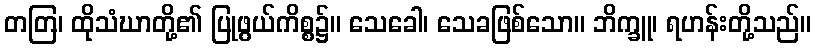
တတြ၊ ထိုသံဃာတို့၏ ပြုဖွယ်ကိစ္စ၌။ သေခေါ၊ သေခဖြစ်သော။ ဘိက္ခူ၊ ရဟန်းတို့သည်။